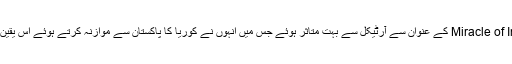
انہوں نے کہا کہ میں اور میرے ساتھی Miracle of Indus کے عنوان سے آرٹیکل سے بہت متاثر ہوئے جس میں انہوں نے کوریا کا پاکستان سے موازنہ کرتے ہوئے اس یقین کا اظہار کیا کہ پاکستان کا مستقبل روشن ہے۔